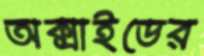
অক্সাইডের